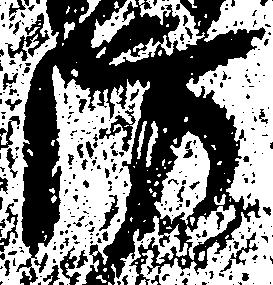
防